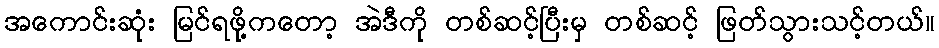
အကောင်းဆုံး မြင်ရဖို့ကတော့ အဲဒီကို တစ်ဆင့်ပြီးမှ တစ်ဆင့် ဖြတ်သွားသင့်တယ်။